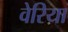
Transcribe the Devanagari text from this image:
वेरिया